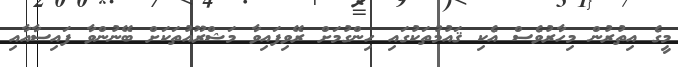
މީގެ އިތުރުން މިހާރުވެސް އެކި ޤައުމުތަކުގައި ހިންގުމަށް ރޭވިފައިވާ މަޝްރޫއުތަކަށް ބޭނުންވާ ފައިސާއާއި